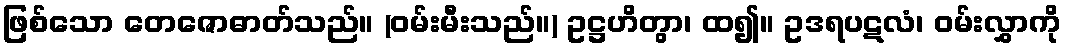
ဖြစ်သော တေဇောဓာတ်သည်။ (ဝမ်းမီးသည်။) ဥဋ္ဌဟိတွာ၊ ထ၍။ ဥဒရပဋလံ၊ ဝမ်းလွှာကို